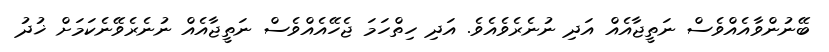
ބޭނުންވާއެއްވެސް ނަތީޖާއެއް އަދި ނުނެރެވެއެވެ. އަދި ހިތްހަމަ ޖެހޭއެއްވެސް ނަތީޖާއެއް ނުނެރެވޭނެކަމަށް ޚުދު